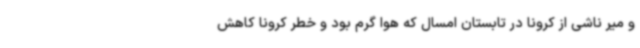
و میر ناشی از کرونا در تابستان امسال که هوا گرم بود و خطر کرونا کاهش